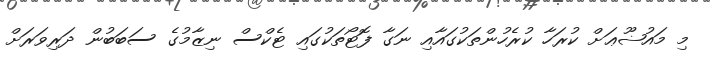
މި މައުޟޫޢަށް ކުރަހާ ކުރެހުންތަކުގައާއި ނަގާ ފޮޓޯތަކުގައި ޓެކްސް ނިޒާމުގެ ސަބަބުން ދަރިވަރަށް